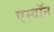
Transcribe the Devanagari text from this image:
एस्वॉन